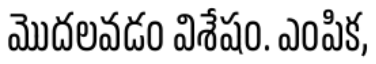
మొదలవడం విశేషం. ఎంపిక,